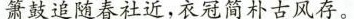
箫鼓追随春社近，衣冠简朴古风存。